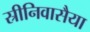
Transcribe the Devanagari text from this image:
स्रीनिवासैया